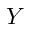
Y